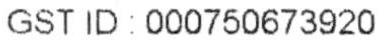
GST ID: 000750673920